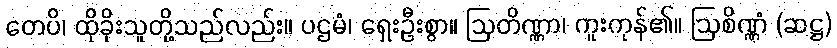
တေပိ၊ ထိုခိုးသူတို့သည်လည်း။ ပဌမံ၊ ရှေးဦးစွာ။ ဩတိဏ္ဏာ၊ ကူးကုန်၏။ ဩစိဏ္ဏံ (ဆဋ္ဌ)